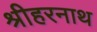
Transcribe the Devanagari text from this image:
श्रीहरनाथ